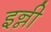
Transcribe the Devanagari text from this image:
इन्नी